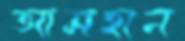
আসহান